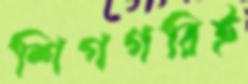
শিগগরিই